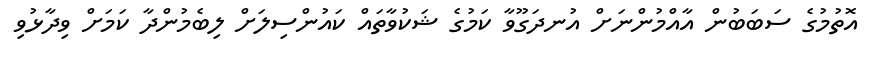
އޮތުމުގެ ސަބަބުން އާއްމުންނަށް އުނދަގޫވާ ކަމުގެ ޝަކުވާތައް ކައުންސިލަށް ލިބެމުންދާ ކަމަށް ވިދާޅުވި